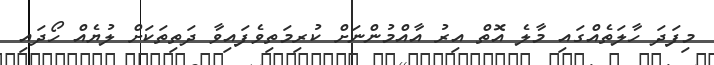
މިފަދަ ހާލަތެއްގައި މާލެ އޮތް އިރު އާއްމުންނަށް ކުރިމަތިވެފައިވާ ދަތިތަކަށް ލުޔެއް ހޯދައި